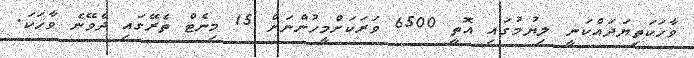
ވާހަކަތިޔަދައްކަނީ ލިޔުމުގައި އޮތީ 6500 ވަރަކަށްމީހުންނަށް 15 މިނެޓް ތެރޭގައި ދެވޭނެ ވާހަކަ.